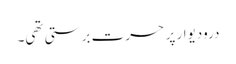
درودیوار پر حسرت برستی تھی۔